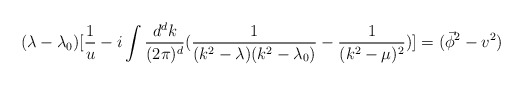
\begin{align*}(\lambda -\lambda_0)[\frac{1}{u}-i \int \frac{d^d{k}}{(2\pi)^d}(\frac{1}{(k^2-\lambda)(k^2-\lambda_0)}-\frac{1}{(k^2-\mu)^2})]=(\vec\phi^2 - v^2)\end{align*}